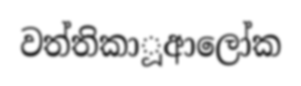
වත්තිකාූආලෝක